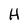
Character: H